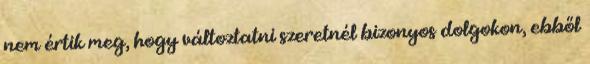
nem értik meg, hogy változtatni szeretnél bizonyos dolgokon, ebből